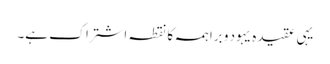
یہی عقیدہ یہود و براہمہ کا نقطہ اشتراک ہے۔